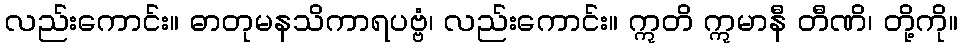
လည်းကောင်း။ ဓာတုမနသိကာရပဗ္ဗံ၊ လည်းကောင်း။ ဣတိ ဣမာနီ တီဏိ၊ တို့ကို။